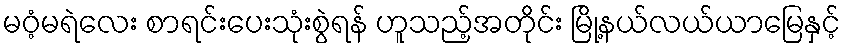
မဝံ့မရဲလေး စာရင်းပေးသုံးစွဲရန် ဟူသည့်အတိုင်း မြို့နယ်လယ်ယာမြေနှင့်